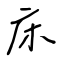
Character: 床